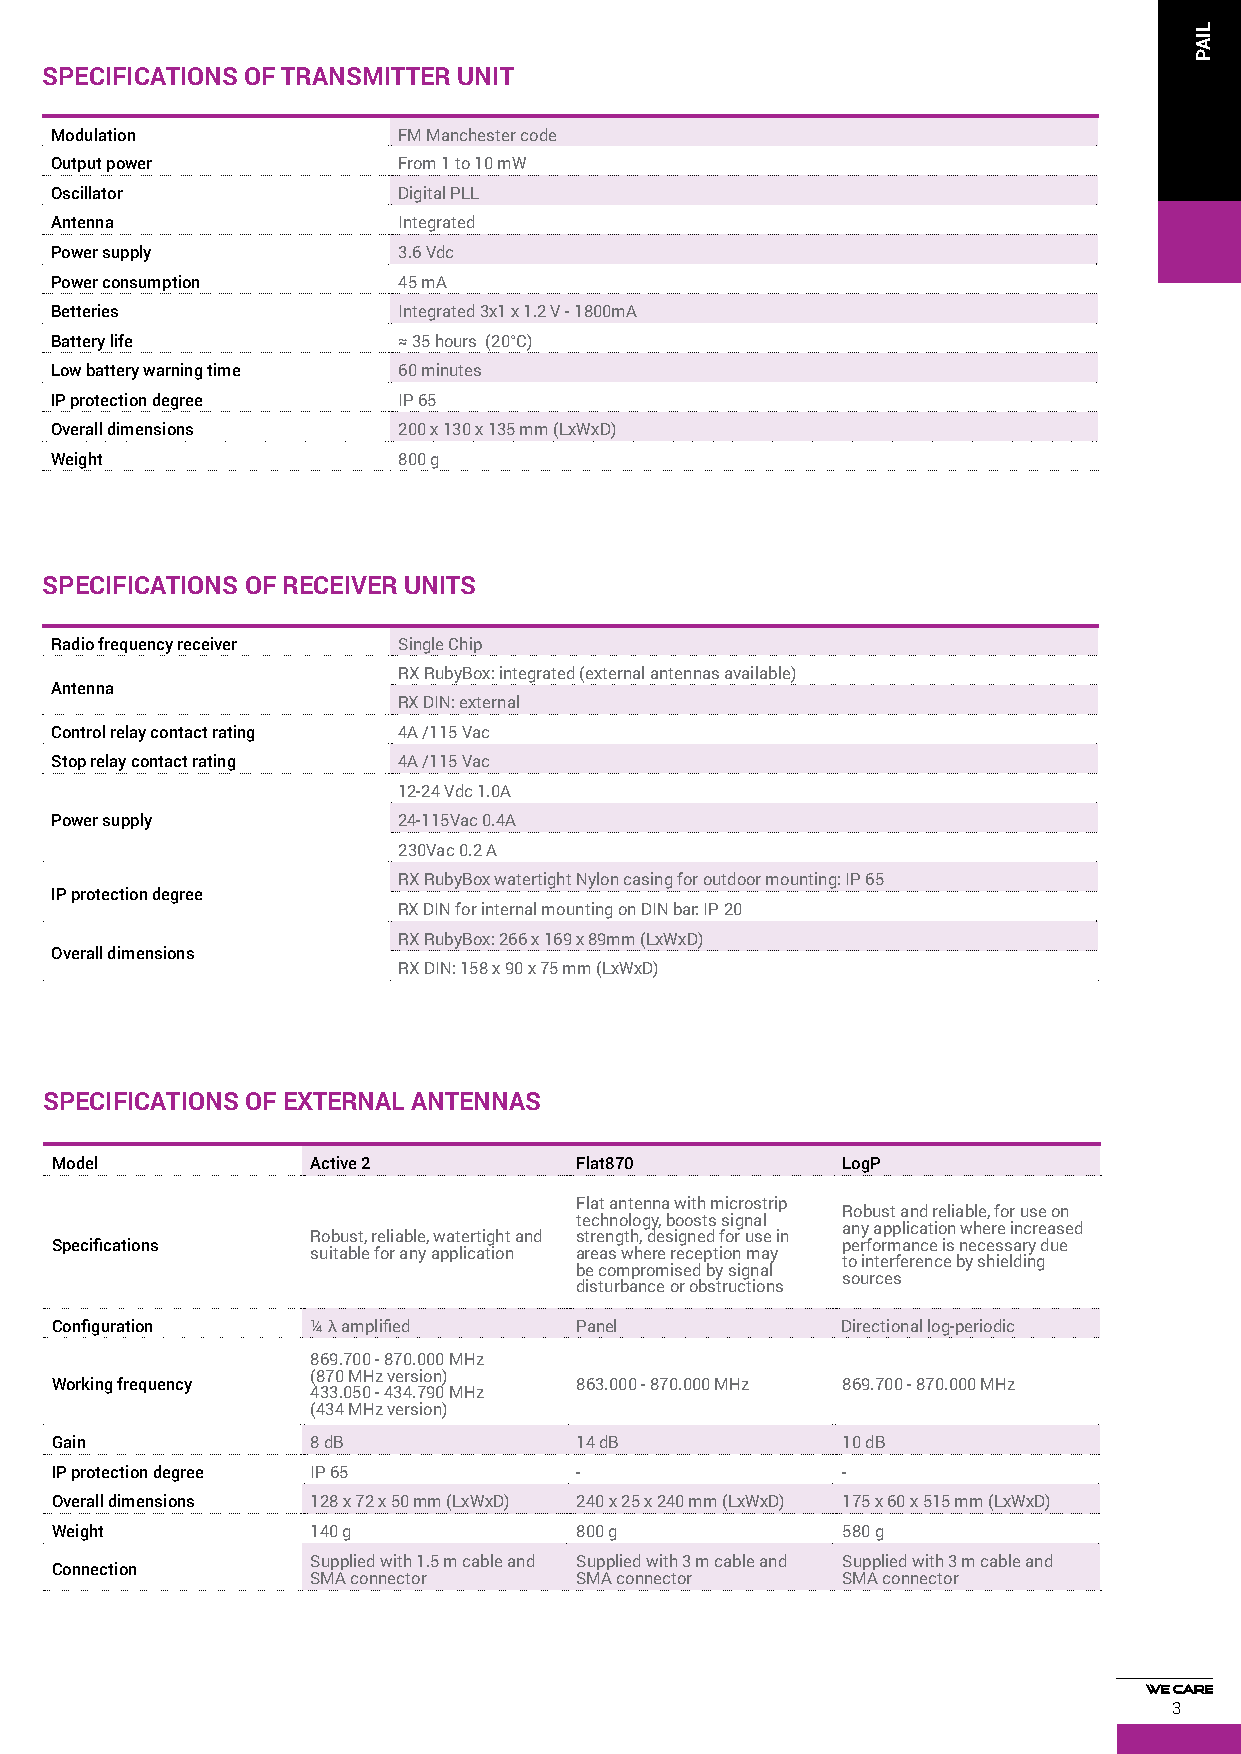
SPECIFICATIONS OF TRANSMITTER UNIT
 Modulation             FM Manchester code
 Output power           From 1 to 10 mW
 Oscillator             Digital PLL
 Antenna                Integrated
 Power supply           3.6 Vdc
 Power consumption      45 mA
 Betteries              Integrated 3x1 x 1.2 V - 1800mA
 Battery life           ≈ 35 hours (20°C)
 Low battery warning time 60 minutes
 IP protection degree   IP 65
 Overall dimensions     200 x 130 x 135 mm (LxWxD)
 Weight                 800 g
 SPECIFICATIONS OF RECEIVER UNITS
 Radio frequency receiver Single Chip
 RX RubyBox: integrated (external antennas available)
 Antenna
 RX DIN: external
 Control relay contact rating 4A /115 Vac
 Stop relay contact rating 4A /115 Vac
 12-24 Vdc 1.0A
 Power supply           24-115Vac 0.4A
 230Vac 0.2 A
 RX RubyBox watertight Nylon casing for outdoor mounting: IP 65
 IP protection degree
 RX DIN for internal mounting on DIN bar: IP 20
 RX RubyBox: 266 x 169 x 89mm (LxWxD)
 Overall dimensions
 RX DIN: 158 x 90 x 75 mm (LxWxD)
 SPECIFICATIONS OF EXTERNAL ANTENNAS
 Model             Active 2         Flat870           LogP
 Flat antenna with microstrip
 Robust and reliable, for use on
 technology, boosts signal
 any application where increased
 Robust, reliable, watertight and strength, designed for use in
 Speciications                                        performance is necessary due
 suitable for any application areas where reception may
 to interference by shielding
 be compromised by signal
 sources
 disturbance or obstructions
 Coniguration      ¼ λ ampliied     Panel             Directional log-periodic
 869.700 - 870.000 MHz
 (870 MHz version)
 Working frequency                  863.000 - 870.000 MHz 869.700 - 870.000 MHz
 433.050 - 434.790 MHz
 (434 MHz version)
 Gain              8 dB             14 dB             10 dB
 IP protection degree IP 65         -                 -
 Overall dimensions 128 x 72 x 50 mm (LxWxD) 240 x 25 x 240 mm (LxWxD) 175 x 60 x 515 mm (LxWxD)
 Weight            140 g            800 g             580 g
 Supplied with 1.5 m cable and Supplied with 3 m cable and Supplied with 3 m cable and
 Connection
 SMA connector    SMA connector     SMA connector
 3
 LIAP